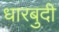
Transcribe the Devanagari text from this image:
धारबुदी